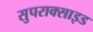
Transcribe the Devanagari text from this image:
सुपराक्साइड